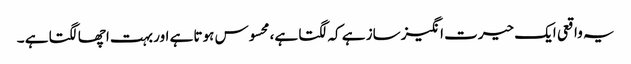
یہ واقعی ایک حیرت انگیز ساز ہے کہ لگتا ہے، محسوس ہوتا ہے اور بہت اچھا لگتا ہے ۔